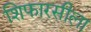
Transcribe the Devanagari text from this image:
शिफारसीला